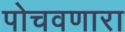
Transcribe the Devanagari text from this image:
पोचवणारा